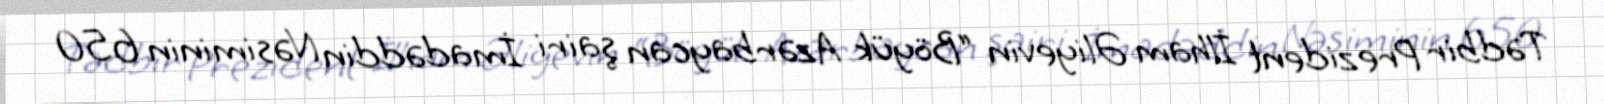
Tədbir Prezident İlham Əliyevin “Böyük Azərbaycan şairi İmadəddin Nəsiminin 650